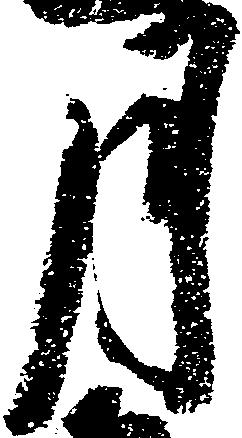
月